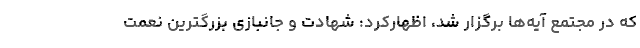
که در مجتمع آیه‌ها برگزار شد، اظهارکرد: شهادت و جانبازی بزرگترین نعمت